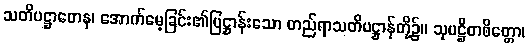
သတိပဋ္ဌာတေန၊ အောက်မေ့ခြင်း၏ပြဋ္ဌာန်းသော တည်ရာသတိပဋ္ဌာန်တို့၌။ သုပဋ္ဌိတစိတ္တော၊